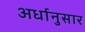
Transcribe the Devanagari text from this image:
अर्धानुसार